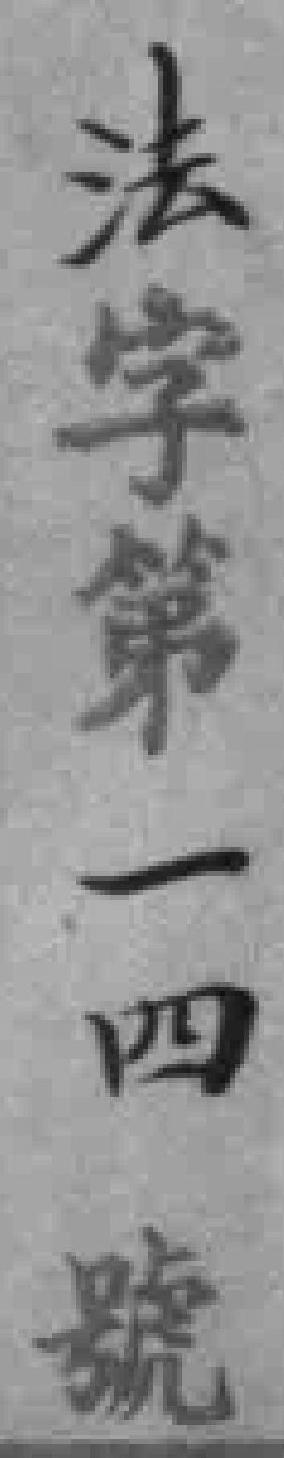
法字第一四號